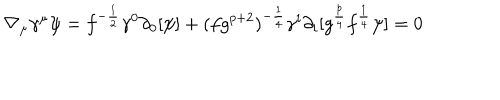
\nabla _ { \mu } \gamma ^ { \mu } \psi = f ^ { - { \frac { 1 } { 2 } } } \gamma ^ { 0 } \partial _ { 0 } [ \psi ] + ( f g ^ { p + 2 } ) ^ { - { \frac { 1 } { 4 } } } \gamma ^ { i } \partial _ { i } [ g ^ { { \frac { p } { 4 } } } f ^ { { \frac { 1 } { 4 } } } \psi ] = 0